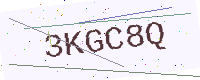
Text: 3KGC8Q